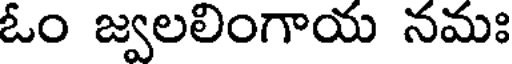
ఓం జ్వలలింగాయ నమః